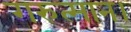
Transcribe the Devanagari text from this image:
गरुत्मान्।